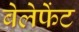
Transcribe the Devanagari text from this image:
बेलेफेंट